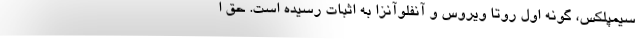
سیمپلکس، گونه اول روتا ویروس و آنفلوآنزا به اثبات رسیده است. حق ا